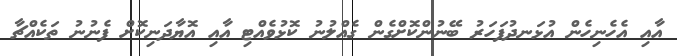
އާއި އެހެނިހެން އުޅަނދުފަހަރު ބޭނުންކޮށްގެން ގެއްލުނު ކޮޅުވެއްޓި އާއި އޮޔާދަނިކޮށް ފެނުނު ތަކެއްޗާ